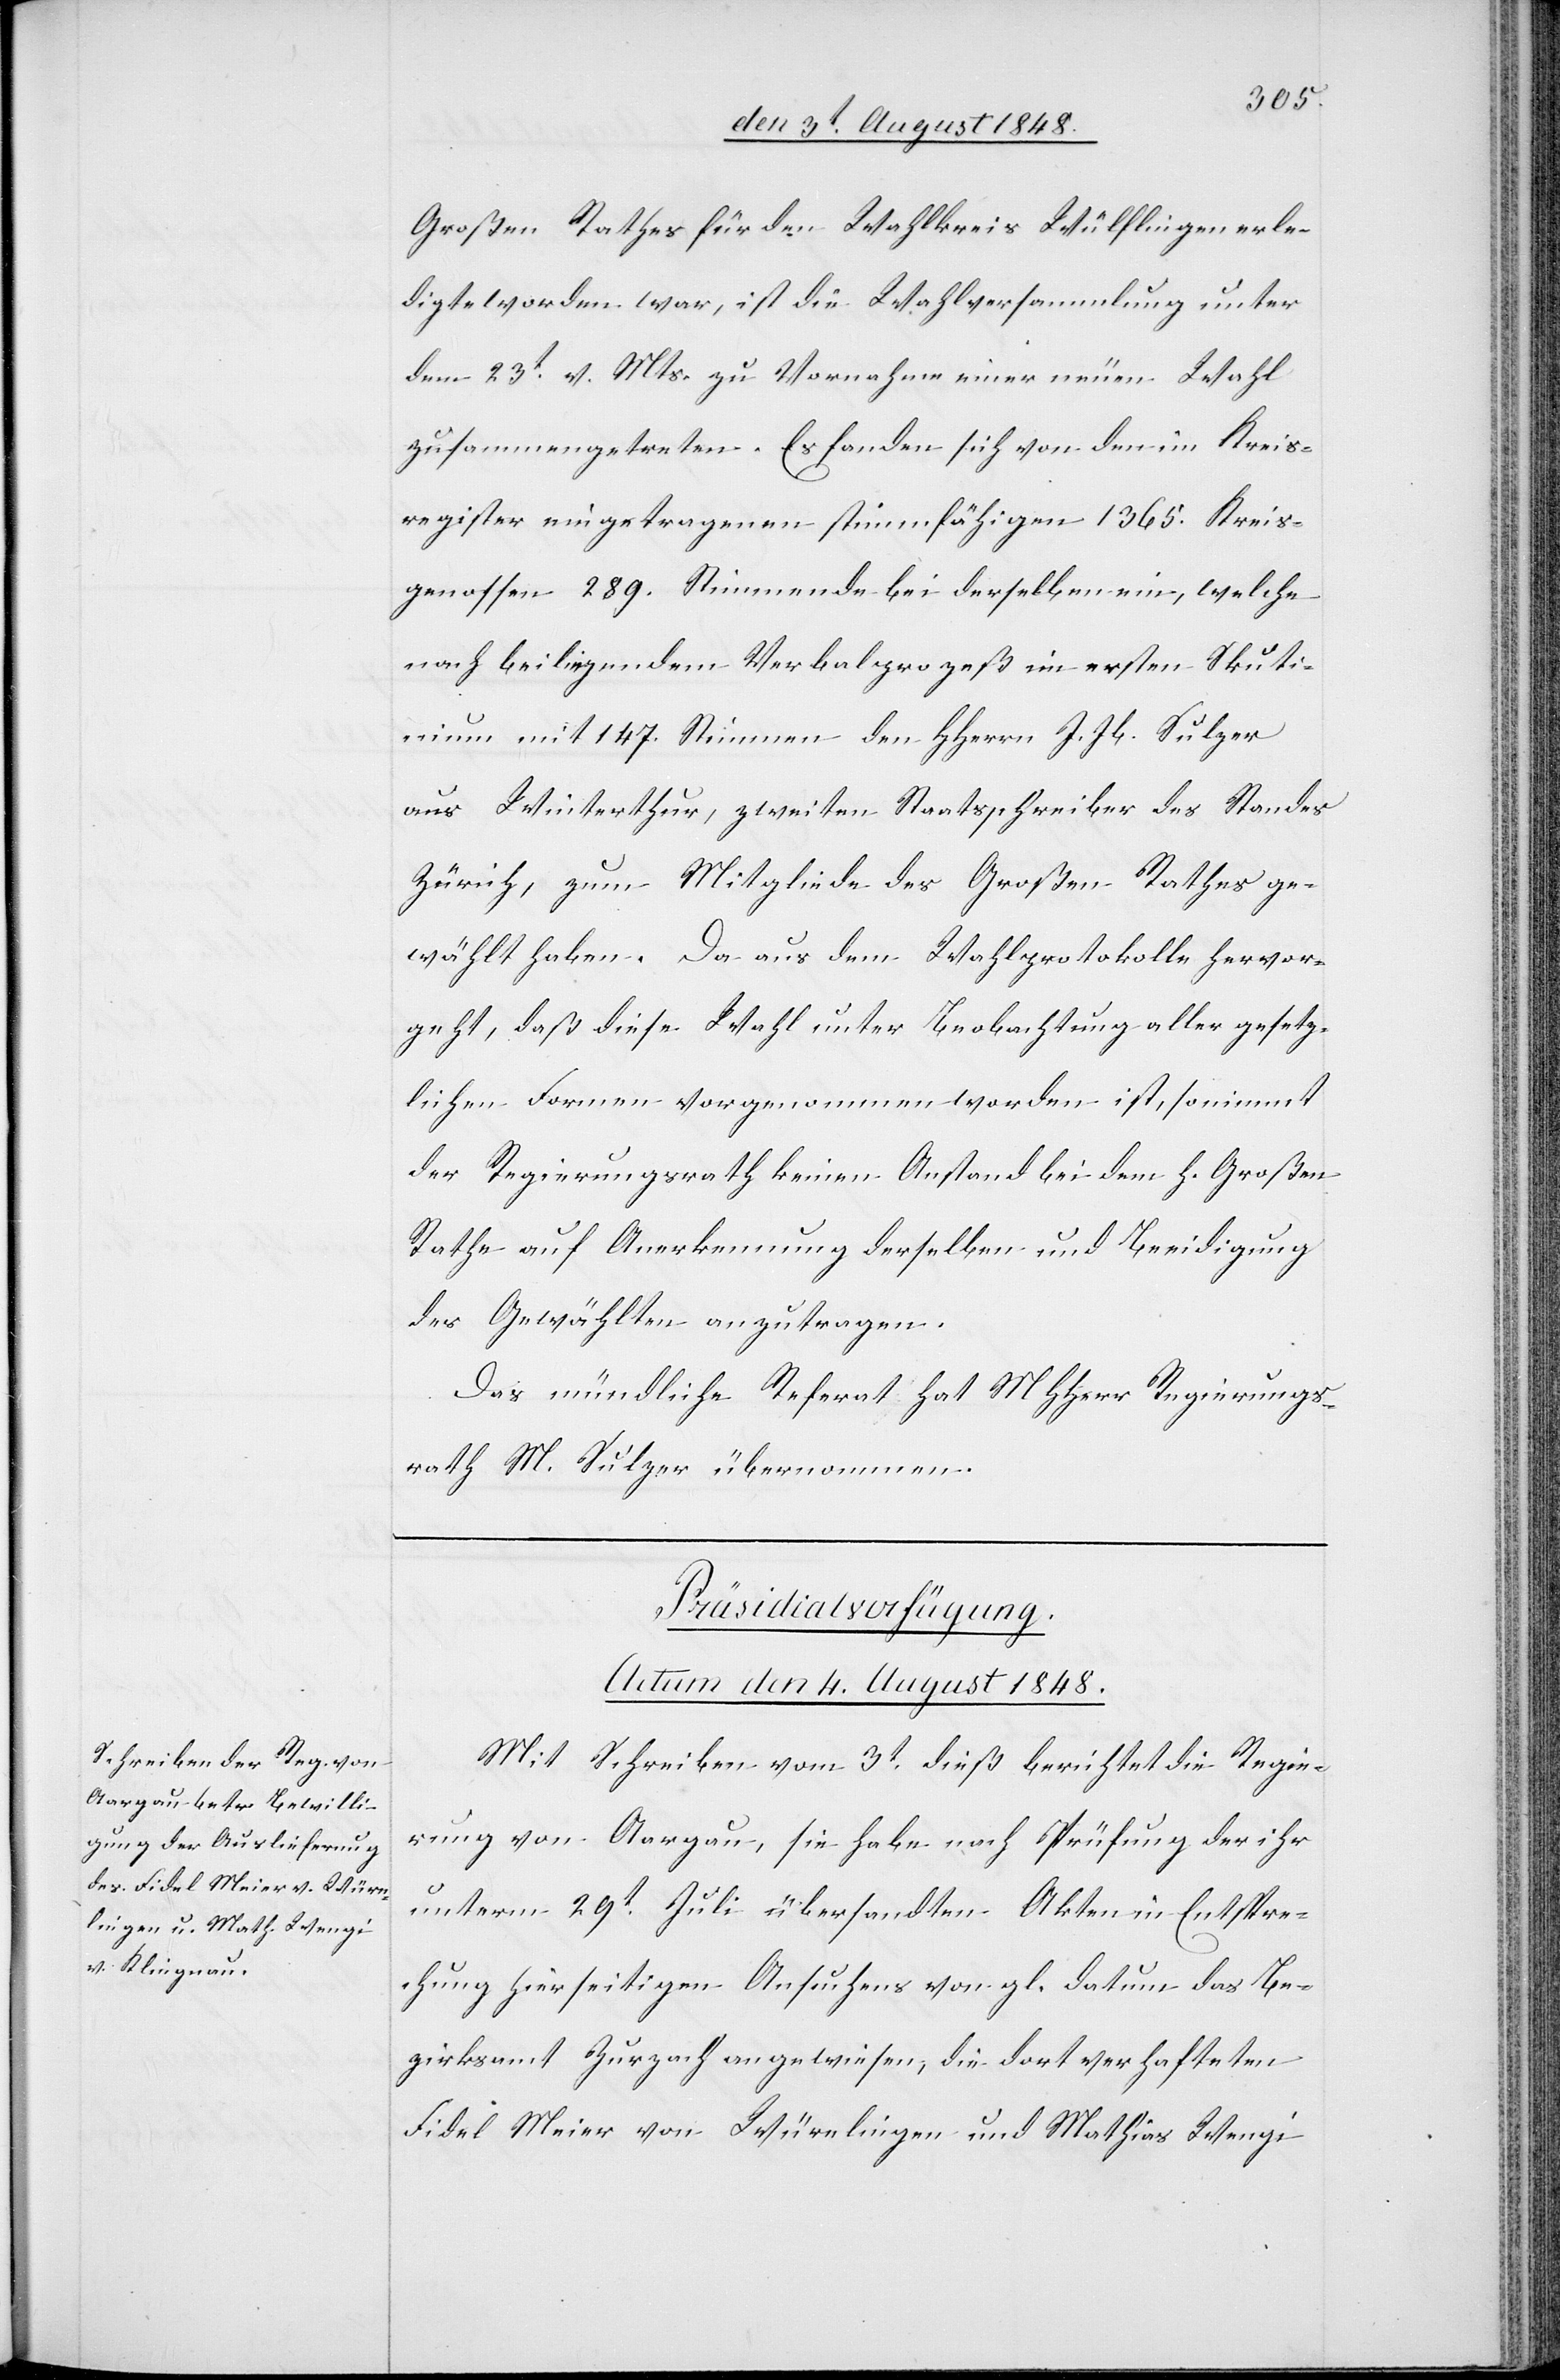
Großen Rathes für den Wahlkreis Wülflingen erledig¬
te [sic!] worden war, ist die Wahlversammlung unter
dem 23t v. Mts. zu Vornahme einer neuen Wahl
zusammengetreten. Es fanden sich von den im Kreis¬
register eingetragenen stimmfähigen 1365. Kreis¬
genossen 289. Stimmende bei derselben ein, welche
nach beiliegendem Verbalprozeß in ersten Sk[r]uti¬
nium mit 147. Stimmen den HHerrn J. Jb. Sulzer
aus Winterthur, zweiten Staatsschreiber des Standes
Zürich, zum Mitgliede des Großen Rathes ge¬
wählt haben. Da aus dem Wahlprotokolle hervor¬
geht, daß diese Wahl unter Beobachtung aller gesetz¬
lichen Formen vorgenommen worden ist, so nimmt
der Regierungsrath keinen Anstand bei dem h. Großen
Rathe auf Anerkennung derselben und Beeidigung
des Gewählten anzutragen.
Das mündliche Referat hat MHHerr Regierungs¬
rath M. Sulzer übernommen.
Präsidialverfügung.
Actum den 4. August 1848.
Mit Schreiben vom 3t dieß berichtet die Regie¬
rung von Aargau, sie habe nach Prüfung der ihr
unterm 29t Juli übersandten Akten in Entspre¬
chung hierseitigen Ansuchens von gl. datum [sic!] das Be¬
zirksamt Zurzach angewiesen, die dort verhafteten
Fidel Meier von Würelingen und Mathias Wengi